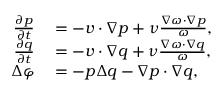
\begin{array} { r l } { \frac { \partial p } { \partial t } } & { { } = - \boldsymbol { v } \cdot \nabla p + \nu \frac { \nabla \omega \cdot \nabla p } { \omega } , } \\ { \frac { \partial q } { \partial t } } & { { } = - \boldsymbol { v } \cdot \nabla q + \nu \frac { \nabla \omega \cdot \nabla q } { \omega } , } \\ { \Delta \varphi } & { { } = - p \Delta q - \nabla p \cdot \nabla q , } \end{array}